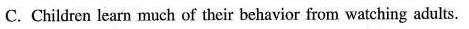
C. Children learn much of their behavior from watching adults.